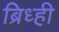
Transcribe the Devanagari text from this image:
ब्रिध्ही